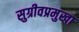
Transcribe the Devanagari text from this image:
सुग्रीवप्रमुखा